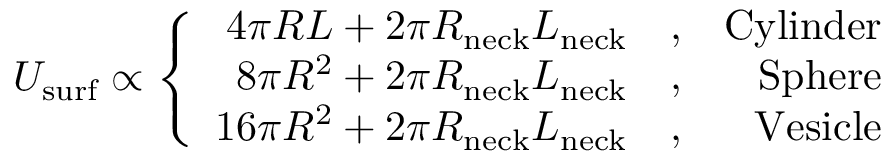
U _ { \mathrm { s u r f } } \propto \left\{ \begin{array} { r l r } { 4 \pi R L + 2 \pi R _ { \mathrm { n e c k } } L _ { \mathrm { n e c k } } } & { { } , } & { \mathrm { C y l i n d e r } } \\ { 8 \pi R ^ { 2 } + 2 \pi R _ { \mathrm { n e c k } } L _ { \mathrm { n e c k } } } & { { } , } & { \mathrm { S p h e r e } } \\ { 1 6 \pi R ^ { 2 } + 2 \pi R _ { \mathrm { n e c k } } L _ { \mathrm { n e c k } } } & { { } , } & { \mathrm { V e s i c l e } } \end{array} \right.